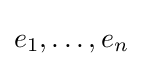
e_{1},\ldots ,e_{n}